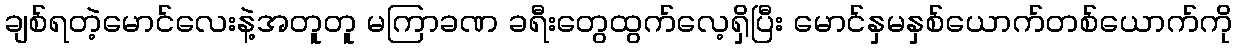
ချစ်ရတဲ့မောင်လေးနဲ့အတူတူ မကြာခဏ ခရီးတွေထွက်လေ့ရှိပြီး မောင်နှမနှစ်ယောက်တစ်ယောက်ကို